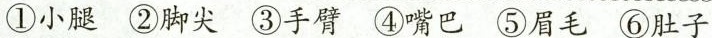
①小腿 ②脚尖 ③手臂 ④嘴巴 ⑤眉毛 ⑥肚子